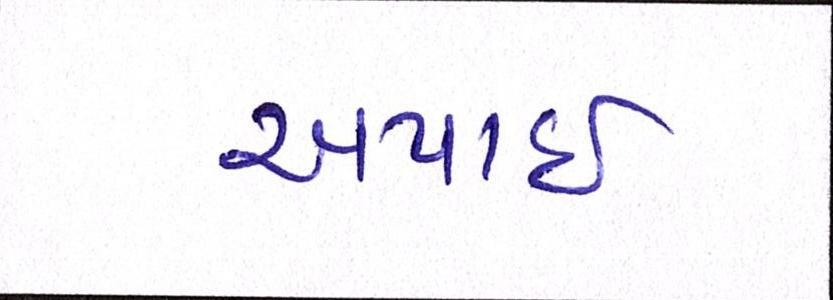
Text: અપાઇ